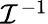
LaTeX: \textstyle{\mathcal{I}}^{-1}